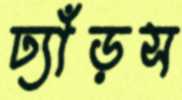
ঢ্যাঁড়স